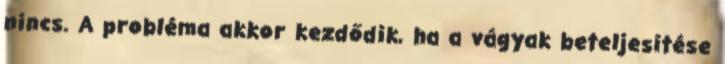
nincs. A probléma akkor kezdődik, ha a vágyak beteljesítése